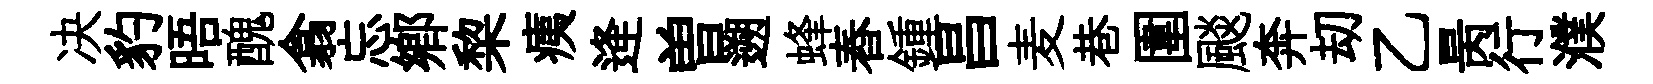
决豹晤醜翕忘郷棃痍逄曽遡蜂舂鍾昌麦巷圍颷奔刧乙昺行濮